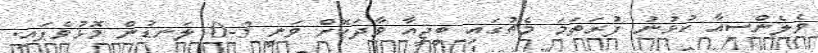
ވެލެންސިއާ ކުޅުނު ފުރަތަމަ މެޗުގައި ބީޖީއާ ވާދަކޮށް ވަނީ 3-0 ލަނޑުން މޮޅުވެފައި.